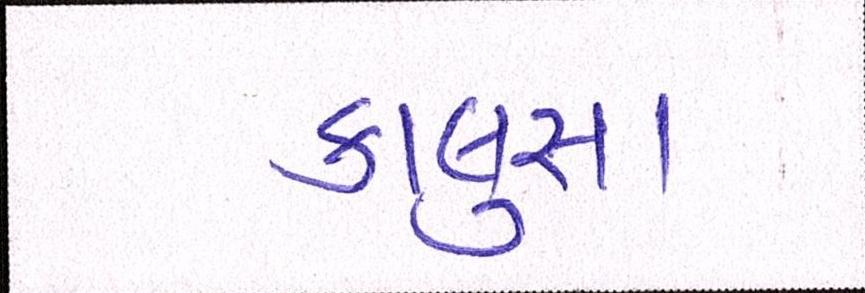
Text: કાલુસા